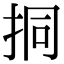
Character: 挏